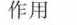
作用